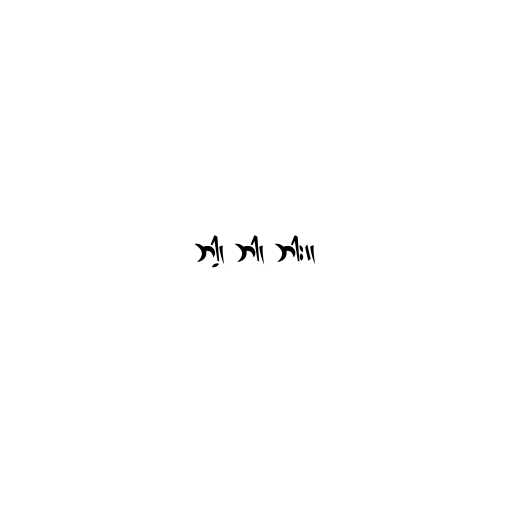
ဘါ့၊ ဘါ၊ ဘါး။